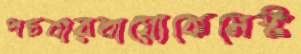
পচবারবায়োকেমেস্ট